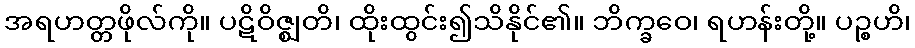
အရဟတ္တဖိုလ်ကို။ ပဋိဝိဇ္ဈတိ၊ ထိုးထွင်း၍သိနိုင်၏။ ဘိက္ခဝေ၊ ရဟန်းတို့။ ပဉ္စဟိ၊